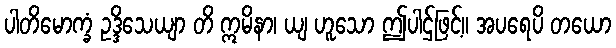
ပါတိမောက္ခံ ဥဒ္ဒိသေယျာ တိ ဣမိနာ၊ ယျ ဟူသော ဤပါဌ်ဖြင့်။ အပရေပိ တယော